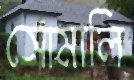
সোমালি